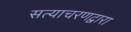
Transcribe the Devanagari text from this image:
सत्याचरणद्वारा